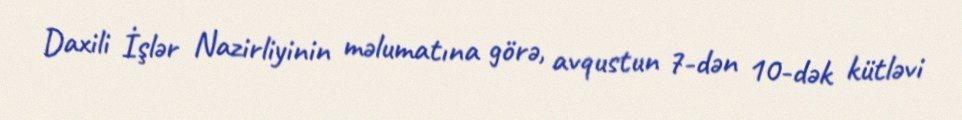
Daxili İşlər Nazirliyinin məlumatına görə, avqustun 7-dən 10-dək kütləvi